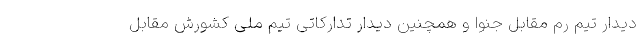
دیدار تیم رم مقابل جنوا و همچنین دیدار تدارکاتی تیم ملی کشورش مقابل